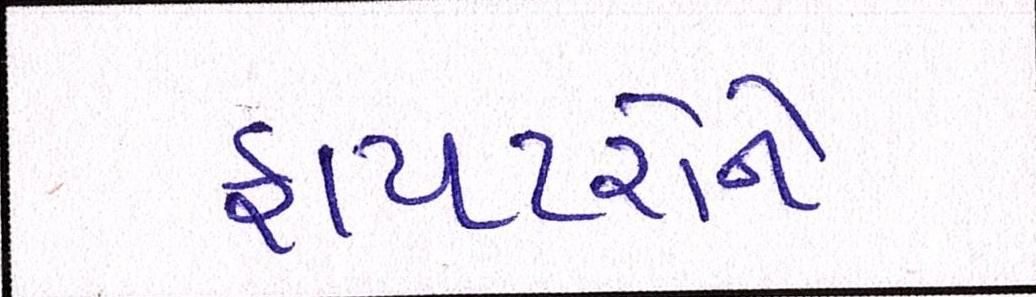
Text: ફાયટરોને